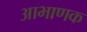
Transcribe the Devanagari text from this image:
आभाणक